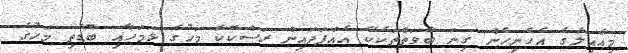
މިއާއިލާގެ އެހެނިހެން ގިނަ ބާވަތްތަކެކޭ އެއްފަދައިން ރަސްކޮކާ މަހުގެ ޅަމަހާއި ބޮޑެތި މަހުގެ